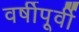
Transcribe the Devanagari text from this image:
वर्षीपूर्वी